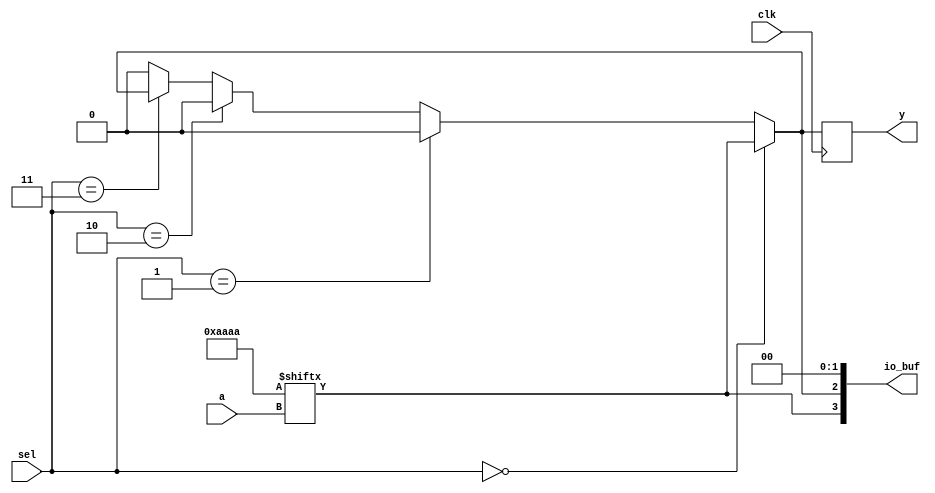
module CLB (
    input wire [3:0] a,          // 4 Input signals for LUT
    input wire [1:0] sel,        // Select signal for multiplexer
    input wire clk,              // Clock for flip-flop logic (if used)
    output wire y,               // Output from the CLB
    output wire [3:0] io_buf     // I/O buffers for external signals
);

    // Configuration memory for LUT (4-input LUT, truth table as an example)
    reg [15:0] lut_config;       // Memory for LUT configuration (16 for 4 inputs)
    
    // LUT Logic
    wire lut_out;
    assign lut_out = lut_config[{a[3], a[2], a[1], a[0]}];

    // Multiplexer Logic
    wire mux_out;
    assign mux_out = (sel == 2'b00) ? lut_out :
                     (sel == 2'b01) ? io_buf[0] :
                     (sel == 2'b10) ? io_buf[1] :
                     (sel == 2'b11) ? io_buf[2] : 1'b0;

    // Flip-Flop for storing output (can be enabled or disabled as needed)
    reg ff_out;
    always @(posedge clk) begin
        ff_out <= mux_out;  // Registering the output of the multiplexer
    end

    // Output Assignment
    assign y = ff_out;    // Output from Flip-Flop
    assign io_buf = {lut_out, mux_out, 1'b0, 1'b0}; // Buffering outputs

    // Initialize the LUT configuration (this could also be done via external configuration)
    initial begin
        lut_config = 16'b1010101010101010; // Example configuration 
    end

endmodule